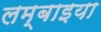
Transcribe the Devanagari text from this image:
लम्बाइया